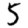
Digit: 5